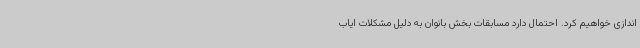
اندازی خواهیم کرد. احتمال دارد مسابقات بخش بانوان به دلیل مشکلات ایاب